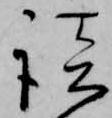
談